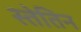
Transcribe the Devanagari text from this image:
स्तेतिन